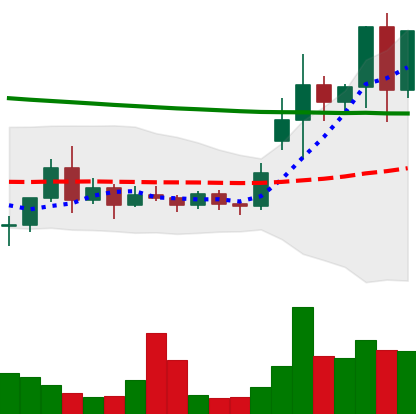
Ticker: ETC-USD
Chart end date: 2020-11-23
Forward return: -3.139%
Label: down_3_5